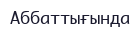
Аббаттығында